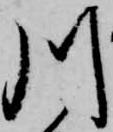
川